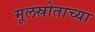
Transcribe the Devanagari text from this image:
मूलस्रोताच्या